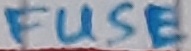
Text: FUSE